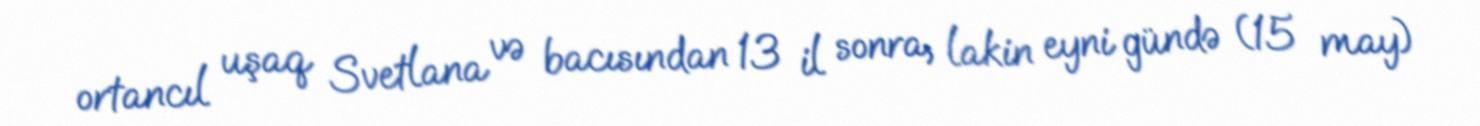
ortancıl uşaq Svetlana və bacısından 13 il sonra, lakin eyni gündə (15 may)